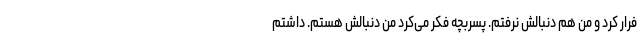
فرار کرد و من هم دنبالش نرفتم. پسربچه فکر می‌کرد من دنبالش هستم. داشتم